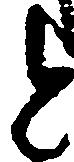
と